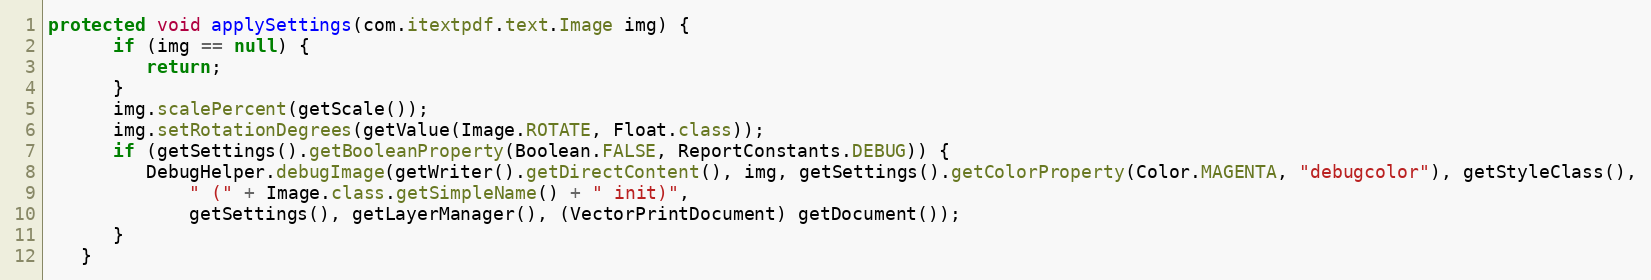
Language: Java
protected void applySettings(com.itextpdf.text.Image img) {
      if (img == null) {
         return;
      }
      img.scalePercent(getScale());
      img.setRotationDegrees(getValue(Image.ROTATE, Float.class));
      if (getSettings().getBooleanProperty(Boolean.FALSE, ReportConstants.DEBUG)) {
         DebugHelper.debugImage(getWriter().getDirectContent(), img, getSettings().getColorProperty(Color.MAGENTA, "debugcolor"), getStyleClass(),
             " (" + Image.class.getSimpleName() + " init)",
             getSettings(), getLayerManager(), (VectorPrintDocument) getDocument());
      }
   }